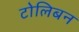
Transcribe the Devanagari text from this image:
टोलिबन